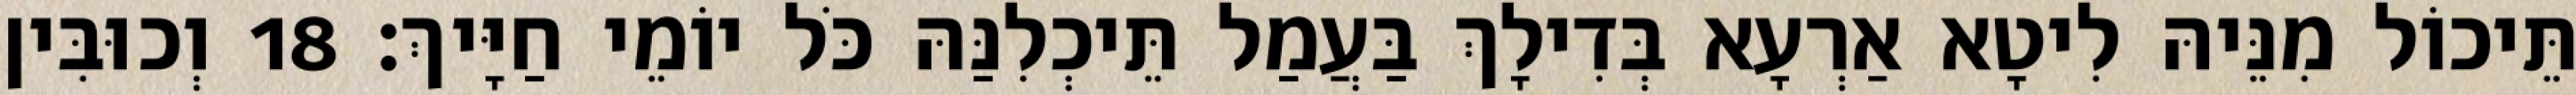
תֵּיכוֹל מִנֵּיהּ לִיטָא אַרְעָא בְּדִילָךְ בַּעֲמַל תֵּיכְלִנַּהּ כֹּל יוֹמֵי חַיָּיךְ׃ 18 וְכוּבִּין